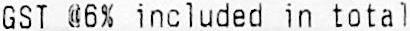
GST @6% INCLUDED IN TOTAL